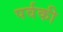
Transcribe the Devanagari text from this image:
पर्वकी